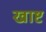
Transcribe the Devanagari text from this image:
खाष्ट